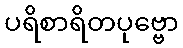
ပရိစာရိတပုဗ္ဗော